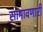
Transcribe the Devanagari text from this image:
सामावणारी